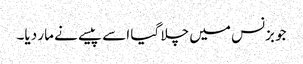
جو بزنس میں چلا گیا اسے پیسے نے مار دیا۔